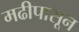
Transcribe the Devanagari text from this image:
मढीपासून